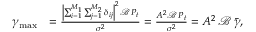
\begin{array} { r l } { \gamma _ { \operatorname* { m a x } } } & { = \frac { { { \left| { \sum _ { i = 1 } ^ { M _ { 1 } } \sum _ { j = 1 } ^ { M _ { 2 } } { \delta _ { i j } } } \right| } ^ { 2 } } { \mathcal { B } \, P _ { t } } } { { \sigma ^ { 2 } } } = \frac { A ^ { 2 } { \mathcal { B } \, P _ { t } } } { \sigma ^ { 2 } } = A ^ { 2 } \, \mathcal { B } \, \Bar { \gamma } , } \end{array}